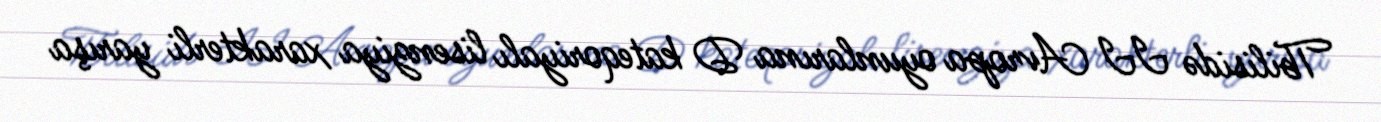
Tbilisidə II Avropa oyunlarına D kateqoriyalı lisenziya xarakterli yarışa